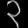
Digit: ၃